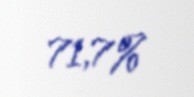
71,7%